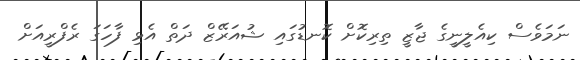
ނަމަވެސް ކިއެލީނީގެ ޖާޒީ ތިރިކޮށް ކޮނޑުގައި ޝުއަރޭޒް ދަތް އެޅި ފާހަގަ ރެފްރީއަށް